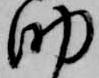
助